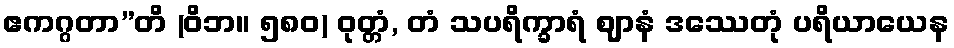
ဧကဂ္ဂတာ”တိ (ဝိဘ။ ၅၈၀) ဝုတ္တံ, တံ သပရိက္ခာရံ ဈာနံ ဒဿေတုံ ပရိယာယေန